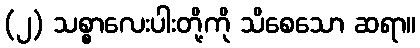
(၂) သစ္စာလေးပါးတို့ကို သိစေသော ဆရာ။